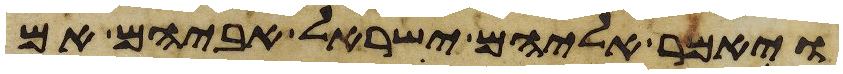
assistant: ויאמר אליהם ישראל אביהם אם